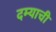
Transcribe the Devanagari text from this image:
दम्याची